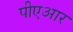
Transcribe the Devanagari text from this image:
पीएआर